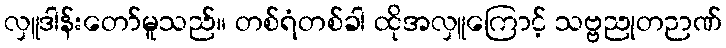
လှူဒါန်းတော်မူသည်။ တစ်ရံတစ်ခါ ထိုအလှူကြောင့် သဗ္ဗညုတဉာဏ်